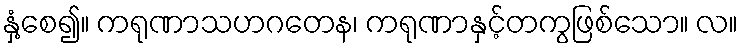
နှံ့စေ၍။ ကရုဏာသဟဂတေန၊ ကရုဏာနှင့်တကွဖြစ်သော။ လ။